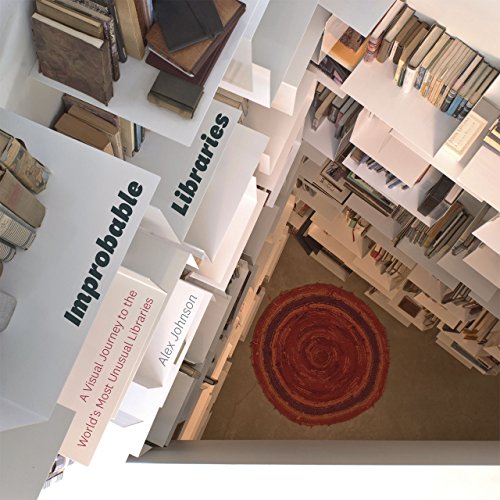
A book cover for Improbable Libraries: A Visual Journey to the World's Most Unusual Libraries; Alex Johnson; Arts & Photography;